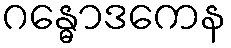
ဂန္ဓောဒကေန